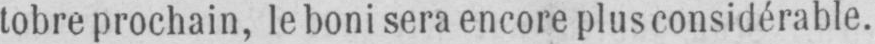
tobre prochain, le boni sera encore plus considérable.